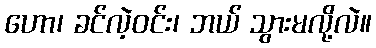
ဟော၊ ခင်လဲ့ဝင်း၊ ဘယ် သွားမလို့လဲ။